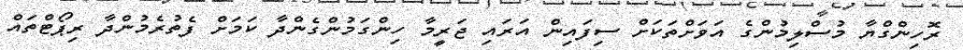
ރޮހިންގްޔާ މުސްލިމުންގެ އަވަށްތަކަށް ސިފައިން އަރައި ޖަރީމާ ހިންގަމުންގެންދާ ކަމަށް ފެތުރެމުންދާ ރިޕޯޓްތައް